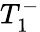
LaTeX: T_{1}^{-}